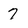
Character: 7